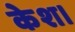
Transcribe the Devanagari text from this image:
केश।